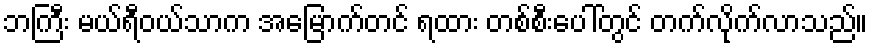
ဘကြီး မယ်ရီဝယ်သာက အမြောက်တင် ရထား တစ်စီးပေါ်တွင် တက်လိုက်လာသည်။